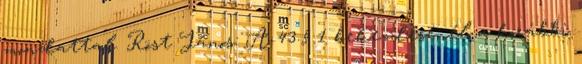
mondattal. Röst János: A 43.§ 1 bekezdésénél a korábbi